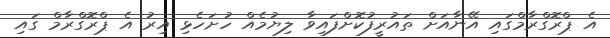
އެ ޕްރޮގްރާމްގައި އޭނާއަށް ތައުރީފުކޮށްފައިވާ ލިޔުމެއް ހުށަހެޅި އިރު އެ ޕްރޮގްރާމް ގައި